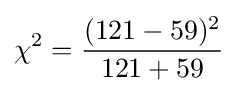
\chi ^{2}={(121-59)^{2} \over {121+59}}